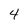
Character: 4